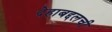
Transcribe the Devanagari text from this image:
देहाबद्दलची